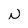
Character: n